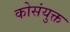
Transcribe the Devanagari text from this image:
कोसंयुक्त